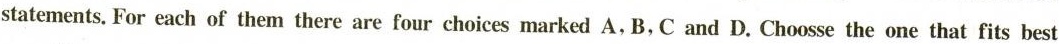
statements. For each of them there are four choices marked A, B, C and D. Choosse the one that fits best